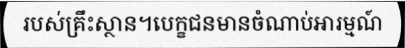
របស់គ្រឹះស្ថាន។បេក្ខជនមានចំណាប់អារម្មណ៍